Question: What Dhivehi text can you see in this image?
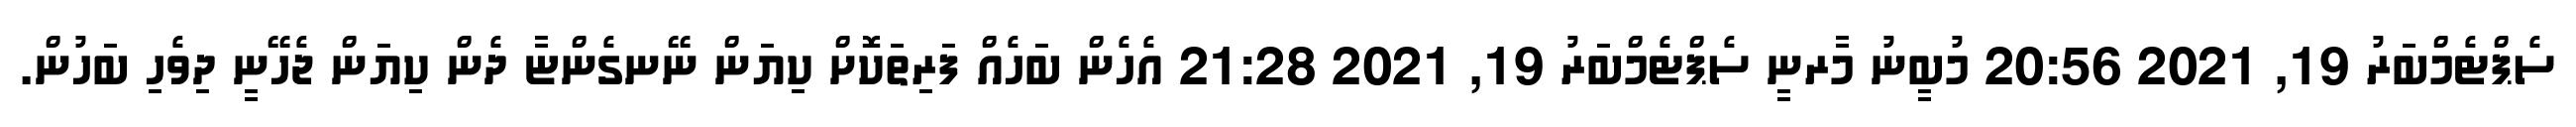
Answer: ސެޕްޓެމްބަރު 19, 2021 20:56 މުބީނު މާރނީ ސެޕްޓެމްބަރު 19, 2021 21:28 އެހެން ބަހެއް ފަރިތަކޮށް ކިޔަން ނޭނގެންޏާ ދެން ކިޔަން ޖެހޭނީ ދިވެހި ބަހުން.